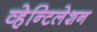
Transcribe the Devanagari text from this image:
व्हेन्टिलेशन